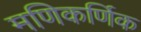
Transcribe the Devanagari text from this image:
मणिकर्णिक